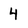
Character: 4